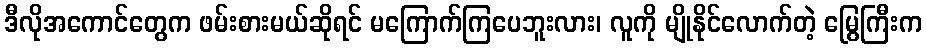
ဒီလိုအကောင်တွေက ဖမ်းစားမယ်ဆိုရင် မကြောက်ကြပေဘူးလား၊ လူကို မျိုနိုင်လောက်တဲ့ မြွေကြီးက